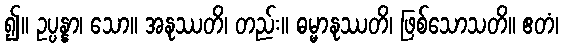
၍။ ဥပ္ပန္နာ၊ သော။ အနုဿတိ၊ တည်း။ ဓမ္မာနုဿတိ၊ ဖြစ်သောသတိ။ ဧတံ၊